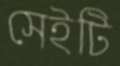
সেইটি